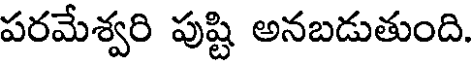
పరమేశ్వరి పుష్టి అనబడుతుంది.